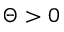
\Theta > 0